Eesti_Toorahva_Kommuun, lk 6
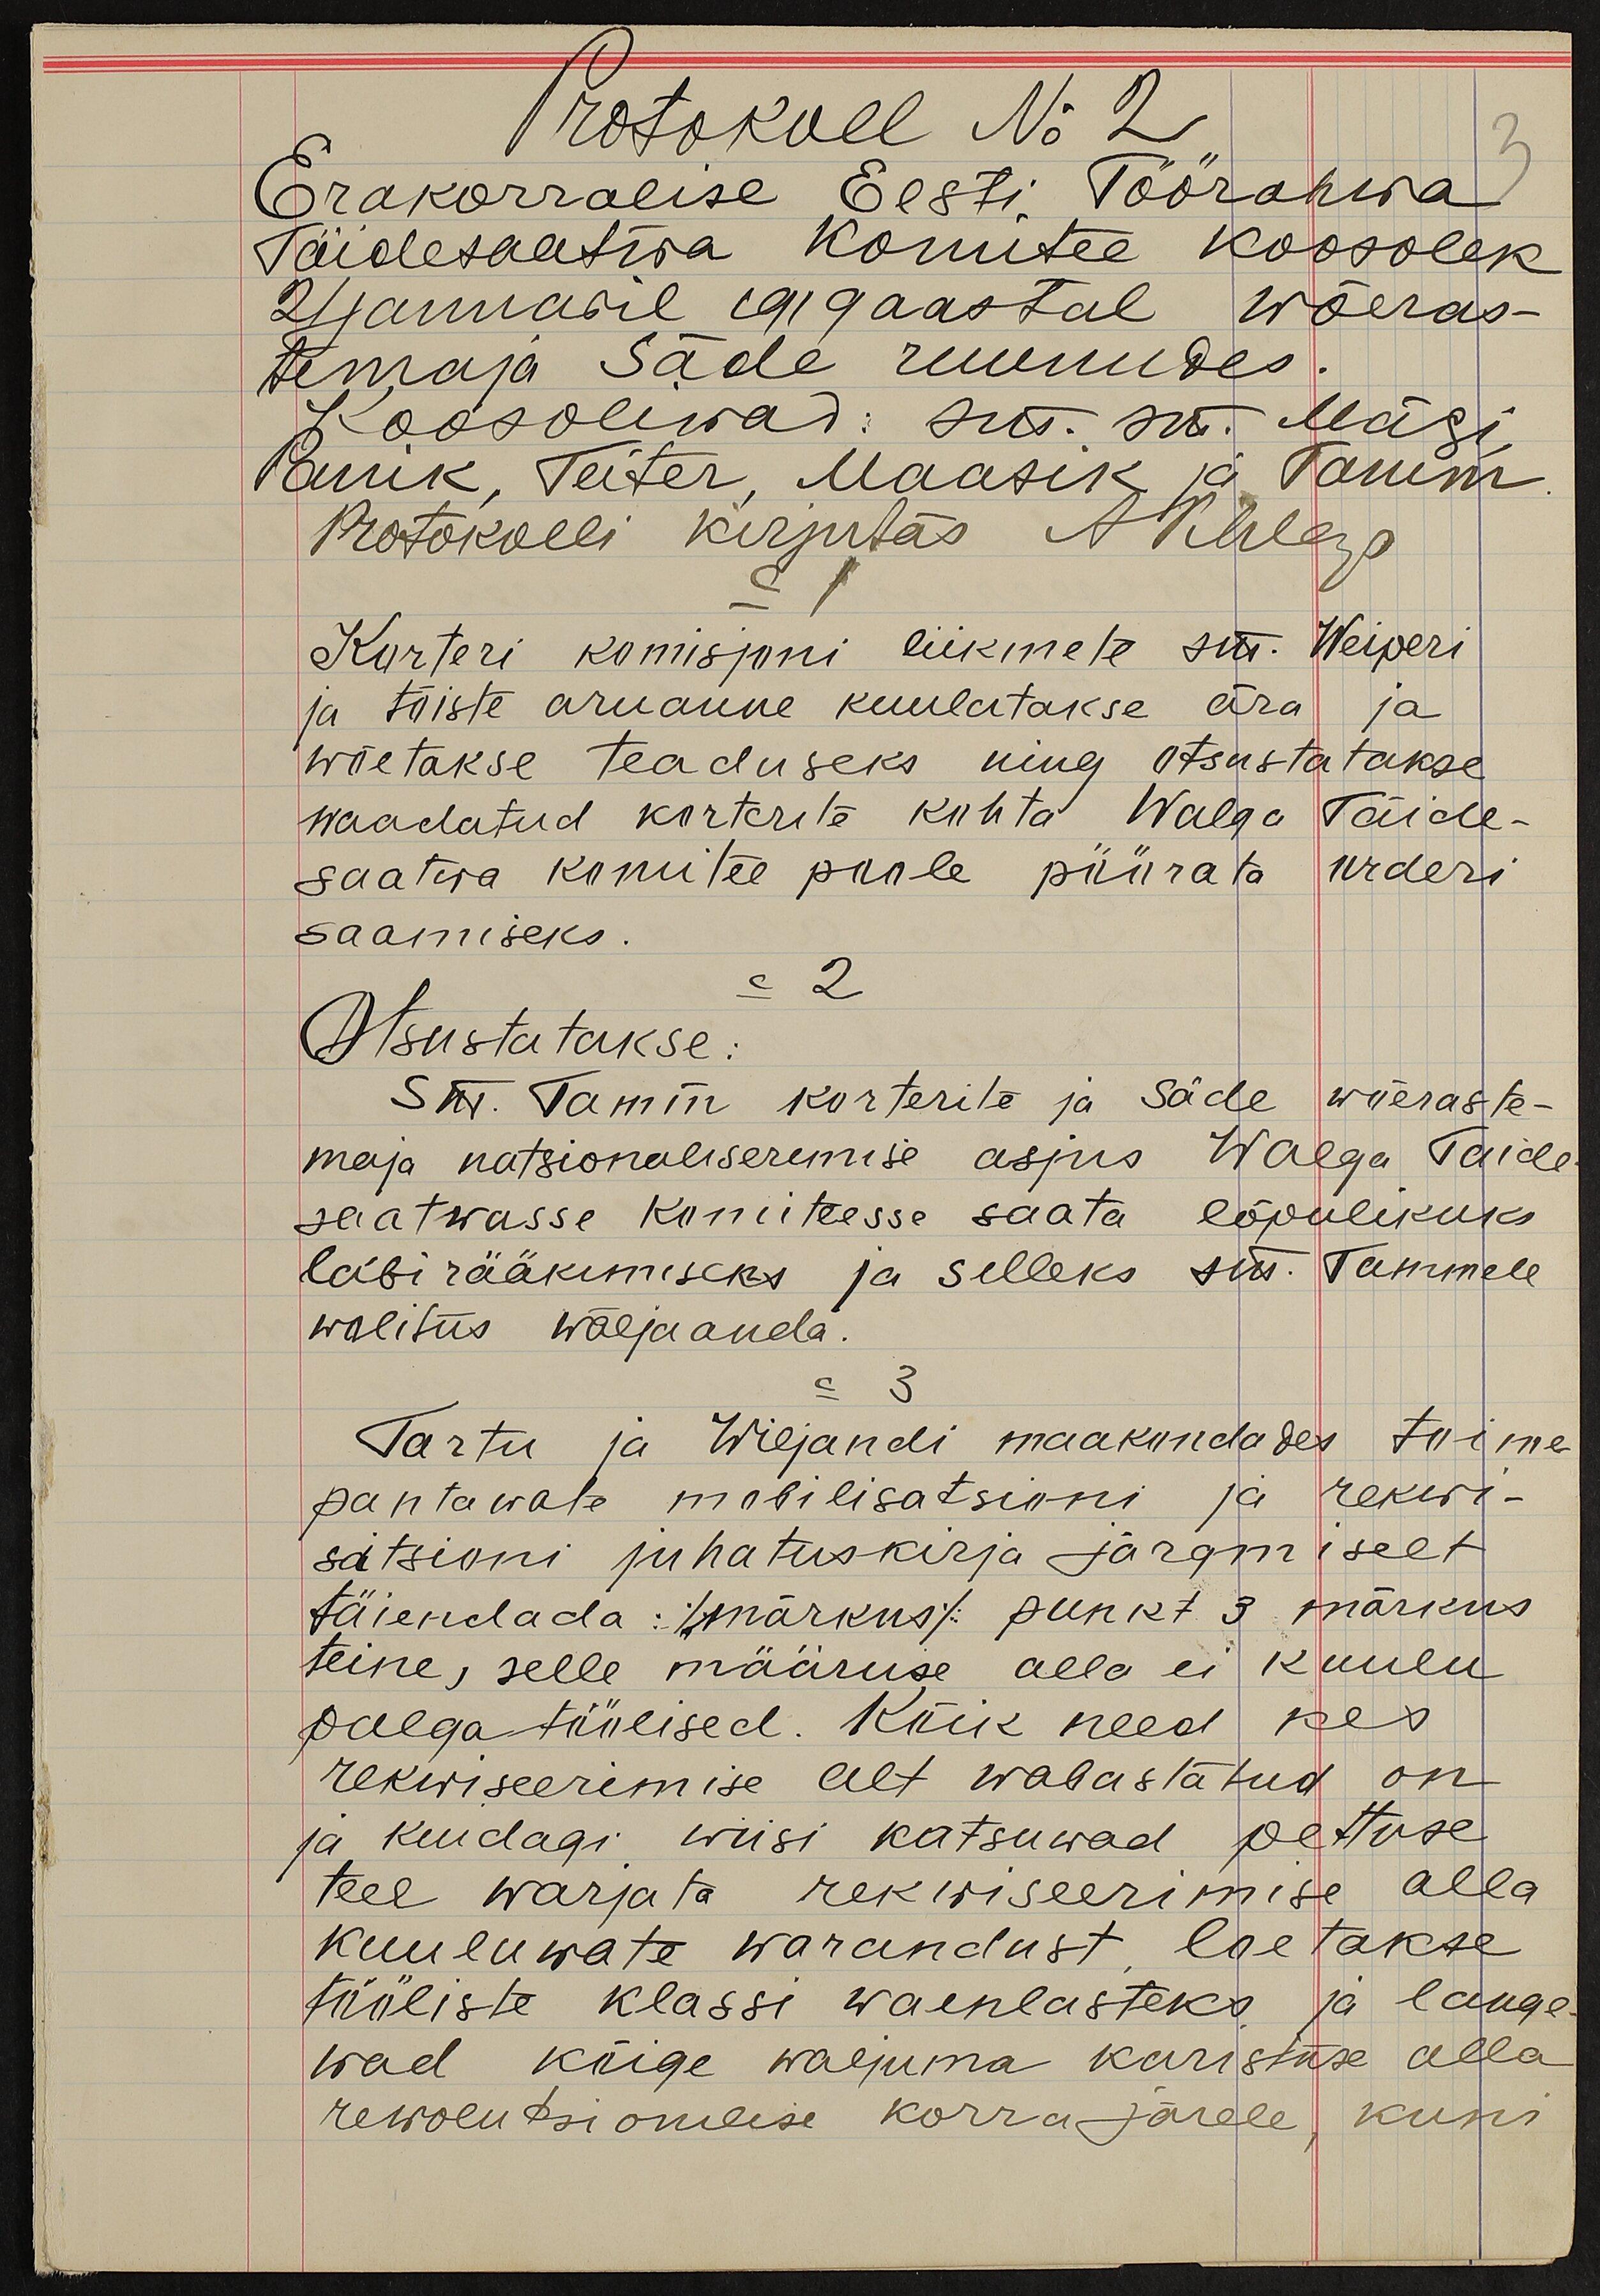
Protokoll No 2
Erakorralise Eesti Töörahwa
3
Täidesaatwa komitee koosolek
24 januaril 1919 aastal wõeras-
temaja Säde ruumides
Koosolewad: sm. sm. Mägi
Panik, Teiter, Maasik ja Tamm
Protokolli kirjutas A Pihlap
Korteri komisjoni liikmete sm. Weiperi
ja tõiste aruanne kuulatakse ära ja
wõetakse teaduseks ning otsustatakse
waadatud korterite kohta Walga täide-
saatwa komitee poole pöörata orderi
saamiseks.
= 2
Otsustatakse:
Sm. Tamm korterite ja Säde wõeraste-
maja natsionaliseremise asjus Walga Taide
saatwasse komiteesse saata lõpulikuks
läbi rääkimiseks ja selleks sm. Tammele
wolitus wäljaanda.
= 3
Tartu ja Wiljandi maakondades toime
pantawate mobilisatsioni ja rekwi-
satsioni juhatuskirja järgmiselt
täiendada: /märkus/ punkt 3 märkus
teine, selle määruse alla ei kuulu
palga töölised. Kõik need kes
rekwiseerimise alt wabastatud on
ja kuidagi wiisi katsuwad pettuse
teel warjata rekwiseerimise alla
kuuluwate warandust loetakse
tööliste klassi waenlasteks ja lange
wad kõige waljuma karistuse alla
rewolutsionilise korra järele, kuni